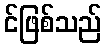
င်ဖြစ်သည်